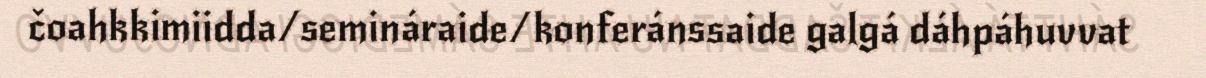
čoahkkimiidda/semináraide/konferánssaide galgá dáhpáhuvvat